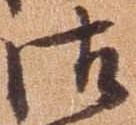
御